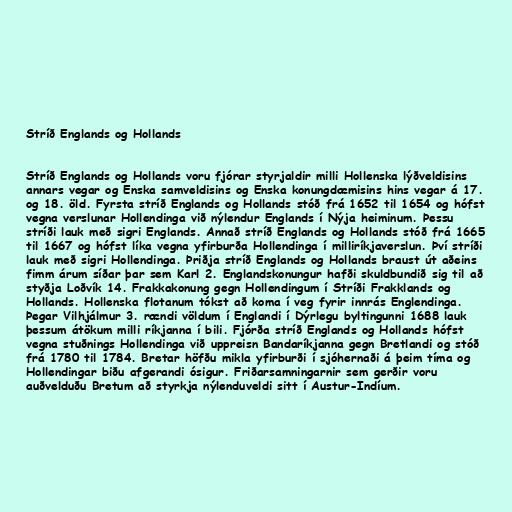
Stríð Englands og Hollands

Stríð Englands og Hollands voru fjórar styrjaldir milli Hollenska lýðveldisins
annars vegar og Enska samveldisins og Enska konungdæmisins hins vegar á 17.
og 18. öld. Fyrsta stríð Englands og Hollands stóð frá 1652 til 1654 og hófst
vegna verslunar Hollendinga við nýlendur Englands í Nýja heiminum. Þessu
stríði lauk með sigri Englands. Annað stríð Englands og Hollands stóð frá 1665
til 1667 og hófst líka vegna yfirburða Hollendinga í milliríkjaverslun. Því stríði
lauk með sigri Hollendinga. Þriðja stríð Englands og Hollands braust út aðeins
fimm árum síðar þar sem Karl 2. Englandskonungur hafði skuldbundið sig til að
styðja Loðvík 14. Frakkakonung gegn Hollendingum í Stríði Frakklands og
Hollands. Hollenska flotanum tókst að koma í veg fyrir innrás Englendinga.
Þegar Vilhjálmur 3. rændi völdum í Englandi í Dýrlegu byltingunni 1688 lauk
þessum átökum milli ríkjanna í bili. Fjórða stríð Englands og Hollands hófst
vegna stuðnings Hollendinga við uppreisn Bandaríkjanna gegn Bretlandi og stóð
frá 1780 til 1784. Bretar höfðu mikla yfirburði í sjóhernaði á þeim tíma og
Hollendingar biðu afgerandi ósigur. Friðarsamningarnir sem gerðir voru
auðvelduðu Bretum að styrkja nýlenduveldi sitt í Austur-Indíum.